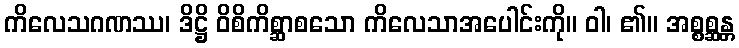
ကိလေသဂဏဿ၊ ဒိဋ္ဌိ ဝိစိကိစ္ဆာစသော ကိလေသာအပေါင်းကို။ ဝါ၊ ၏။ အစ္စစ္ဆန္တ